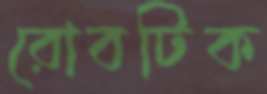
রোবটিক